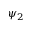
\psi _ { 2 }